Vaccine operations Central Provinces 1900-1911 - 1900-1911
Year: 1900
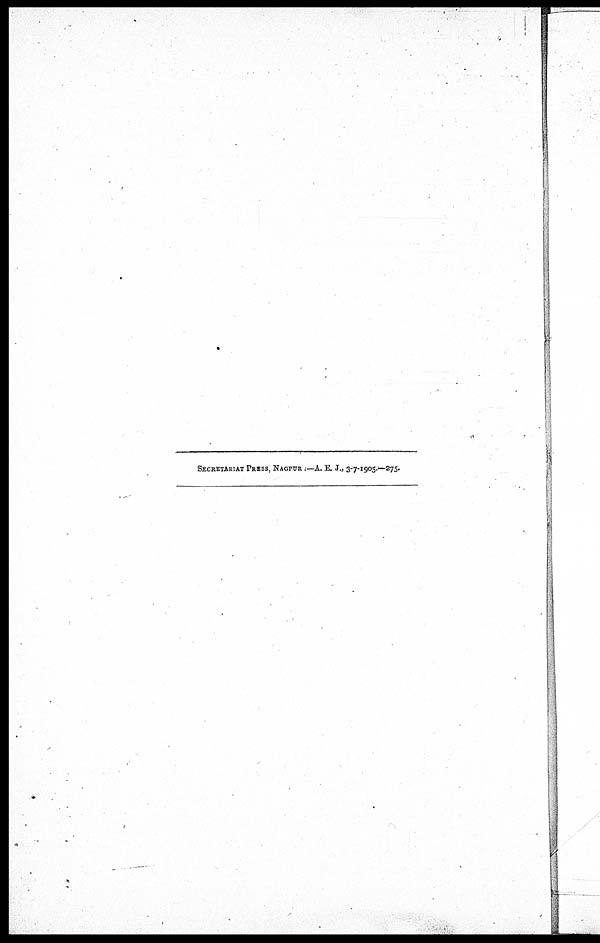
SECRETARIAT PRESS, NAGPUR .—A. E.J., 3-7-1905.—275.